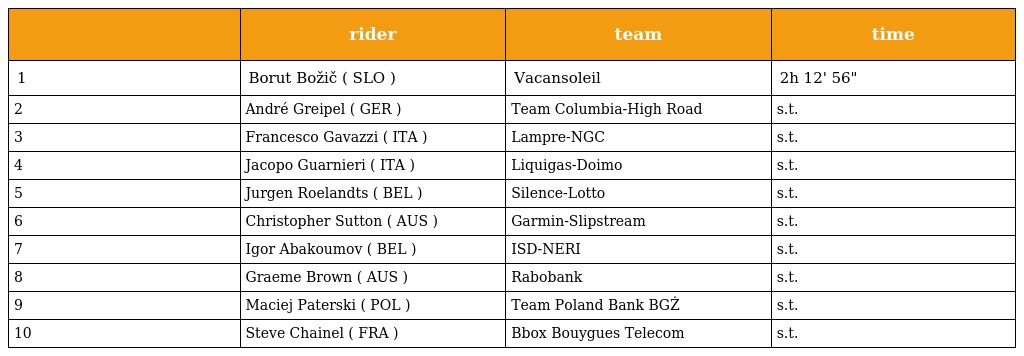
|  | rider | team | time |
 | --- | --- | --- | --- |
 | 1 | Borut Božič ( SLO ) | Vacansoleil | 2h 12' 56" |
 | 2 | André Greipel ( GER ) | Team Columbia-High Road | s.t. |
 | 3 | Francesco Gavazzi ( ITA ) | Lampre-NGC | s.t. |
 | 4 | Jacopo Guarnieri ( ITA ) | Liquigas-Doimo | s.t. |
 | 5 | Jurgen Roelandts ( BEL ) | Silence-Lotto | s.t. |
 | 6 | Christopher Sutton ( AUS ) | Garmin-Slipstream | s.t. |
 | 7 | Igor Abakoumov ( BEL ) | ISD-NERI | s.t. |
 | 8 | Graeme Brown ( AUS ) | Rabobank | s.t. |
 | 9 | Maciej Paterski ( POL ) | Team Poland Bank BGŻ | s.t. |
 | 10 | Steve Chainel ( FRA ) | Bbox Bouygues Telecom | s.t. |